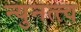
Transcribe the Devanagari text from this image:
न्युनत्त्व